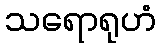
သရောရုဟံ